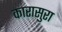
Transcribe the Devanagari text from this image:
कारासुरा